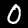
Label: 0